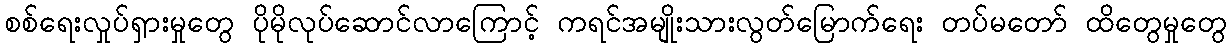
စစ်ရေးလှုပ်ရှားမှုတွေ ပိုမိုလုပ်ဆောင်လာကြောင့် ကရင်အမျိုးသားလွတ်မြောက်ရေး တပ်မတော် ထိတွေမှုတွေ